King Institute of Preventive Medicine Micro-Biological Section reports 1909-11
Year: 1909
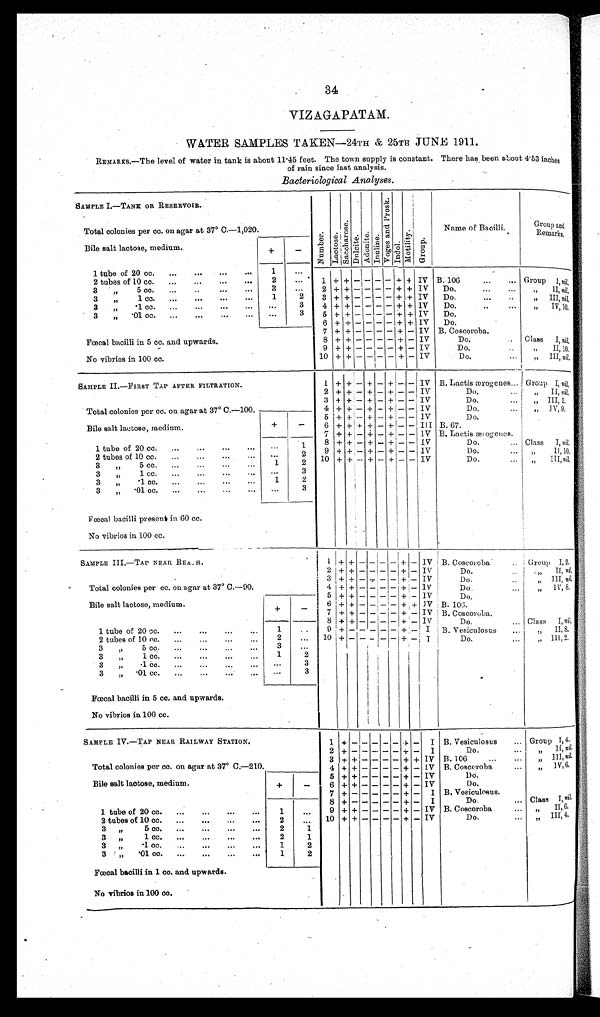
34
VIZAGAPATAM.
WATER SAMPLES TAKEN
—24TH & 25TH JUNE 1911.
REMARKS.—The level of water in tank is about 11.45 feet. The town supply is constant. There has been about 4.53 inches
of rain since last analysis.
Bacteriological Analyses .
SAMPLE I.—TANK OR RESERVOIR.
N u m b e r .
L a c t o s e .
S a c c h a r o s e .
Dul c i t e . Adoni t e . I n u l i n e .
V o g e s a n d P r o s k .
Indol.
M o t i l i t y .
Group.
Name of Bacilli.
Group and
Remarks.
Total colonies per cc. on agar at 37°C.—1,020.
Bile salt lactose, medium.
+
-
1 tube of 20 cc.
...
...
...
...
1
...
1 + +
- -
- - + + IV B. 106
...
... Group I, n i l .
2 tubes of 10 cc.
...
...
...
. . .
2
...
3 „ 5 cc.
...
..
...
. . .
3
. . .
2 + + - - - - + + IV
Do.
...
...
II, ni l .
3 + + - - - - + + IV
Do.
...
...
„ III, ni l .
3 „ 1 cc.
...
...
...
...
1
2
3 „ .1 cc.
...
...
...
...
. . .
3
4 + + - - - - + + IV
Do. ... ...
„ IV, 10.
3 „ .01 cc.
...
...
...
...
. . .
3
5 + + - - - - + + IV
Do.
6 +
+ - -
- - + + IV
Do.
Fœcal bacilli in 5 cc. and upwards.
7 + + - - - - + - IV B. Coscoroba.
8 + + - - - - + - IV
Do.
Class I, n i l .
9 + + - - - - + - IV
Do.
„ II, 10.
No vibrios in 100 cc.
10 + + - - - - +
- IV
Do. ...
„ III, nil.
SAMPLE II.—FIRST TAP AFTER FILTRATION.
1 + +
- +
- + - - IV B. Lactis œrogenes... Group I, nil.
2 + +
- + - + - - IV
Do.
...
„ II, ni l .
Total colonies per cc. on agar at 37° 0.—100.
3
+ +
- +
- + - - IV
Do.
...
„ III, 1.
4 + +
- + - + - - IV
Do.
...
„ IV,9.
5 +
+ - + - + - - IV
Do.
Bile salt lactose, medium.
+
-
6 + + + + - + - - III B. 67.
7 + + - + - + - - IV B. Lactis ærogenes.
1 tube of 20 cc.
,..
...
...
. . .
. . .
1
8 + + - + - +
- - IV
Do.
... Class I, n i l .
9 +
+ - + - + - - IV
Do.
II, 10.
2 tubes of 10 cc.
...
...
. . .
. . .
2
10 +
+ - + - +
- - IV
Do.
...
III, nil.
3 „ 5 cc.
...
...
...
. . .
1
2
3 „ 1 cc.
...
...
...
. . .
. . .
3
3 „ .1 cc.
...
...
...
...
1
2
3 „ .01 cc.
...
...
...
3
Fœcal bacilli present in 60 cc.
No vibrios in 100 cc.
SAMPLE III.—TAP NEAR BEACH.
1
+ +
- - -
- + - IV B. Coscoroba
Group I, 2.
2
+ + - - -
-
+ - IV
Do.
„ II,
nil.
Total colonies per cc. on agar at 37° C.—90
3
+ + - - - -
+ - IV
Do.
. . .
„ III nil.
4
+ + - - -
- + -
I V
Do.
...
„ IV 8.
5
+ +
- - -
- + -
I V
Do.
Bile salt lactose, medium.
+
- 6 + + - - -
- + + IV B. 106.
7 + + - - - - + - IV B. Coscoroba.
8 + + - - - - + - IV
Do.
... Class I, nil.
1 tube of 20 cc.
...
...
...
...
1
. . .
9
+ -
- - -
- + - I
B. Vesiculosus
...
„ II, 8.
2 tubes of 10 cc.
...
...
...
...
2
...
10 + - - - - - +
- I
Do.
„ III 2.
3 „ 5 cc.
...
...
...
3
...
3 „ 1 cc.
...
...
...
. . .
1
2
3 „ .1 cc.
...
...
...
...
...
3
3 „ .01 cc.
...
...
...
...
... 3
Fœcal bacilli in 5 cc. and upwards.
No vibrios in 100 cc.
SAMPLE IV.—TAP NEAR RAILWAY STATION.
1
+ -
-
- - - + -
I
B. Vesiculosus
... Group I,4.
2 + - - - - - + - I
Do.
„ I I .
n i l
.
Total colonies per co. on agar at 37° C.—210.
3
+ + - - - - + + IV B. 106 ...
„ I I I ,n
i l
.
4 + + - - - - + - IV B. Coscoroba
Bile salt lactose, medium.
+
-
5 + + - - - - + - IV
Do.
6
+ + - -
- - + - IV
Do.
7
+ - -
- - - + - I B. Vesiculosus.
8
+ - -
- - - + - I
Do.
... Class I, nil.
1 tube of 20 cc.
...
...
...
...
1
...
9 + + - - - - + - IV B. Coscoroba
...
„ II,6.
2 tubes of 10 cc.
...
...
...
...
2
. . .
10 + + - - - - + - IV
Do.
III, 4.
3„
5 cc.
2
1
3 „ 1 cc.
2
1
3 „ .1 cc.
1
2
3 „ .01 cc.
...
...
...
...
1
2
Fœcal bacilli in 1 cc. and upwards.
No vibrios in 100 cc.